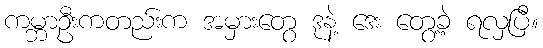
ကမ္ဘာဦးကတည်းက အမှားတွေ ဒုနဲ့ ဒေး တွေ့ခဲ့ ရလှပြီ။